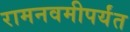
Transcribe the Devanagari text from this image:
रामनवमीपर्यंत